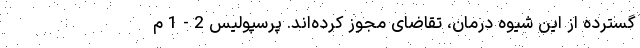
گسترده‌ از این شیوه درمان، تقاضای مجوز کرده‌اند. پرسپولیس 2 - 1 م